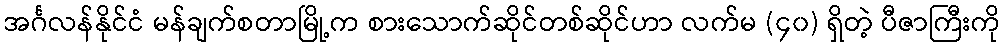
အင်္ဂလန်နိုင်ငံ မန်ချက်စတာမြို့က စားသောက်ဆိုင်တစ်ဆိုင်ဟာ လက်မ (၄၀) ရှိတဲ့ ပီဇာကြီးကို